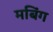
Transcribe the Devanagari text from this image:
मबिंग